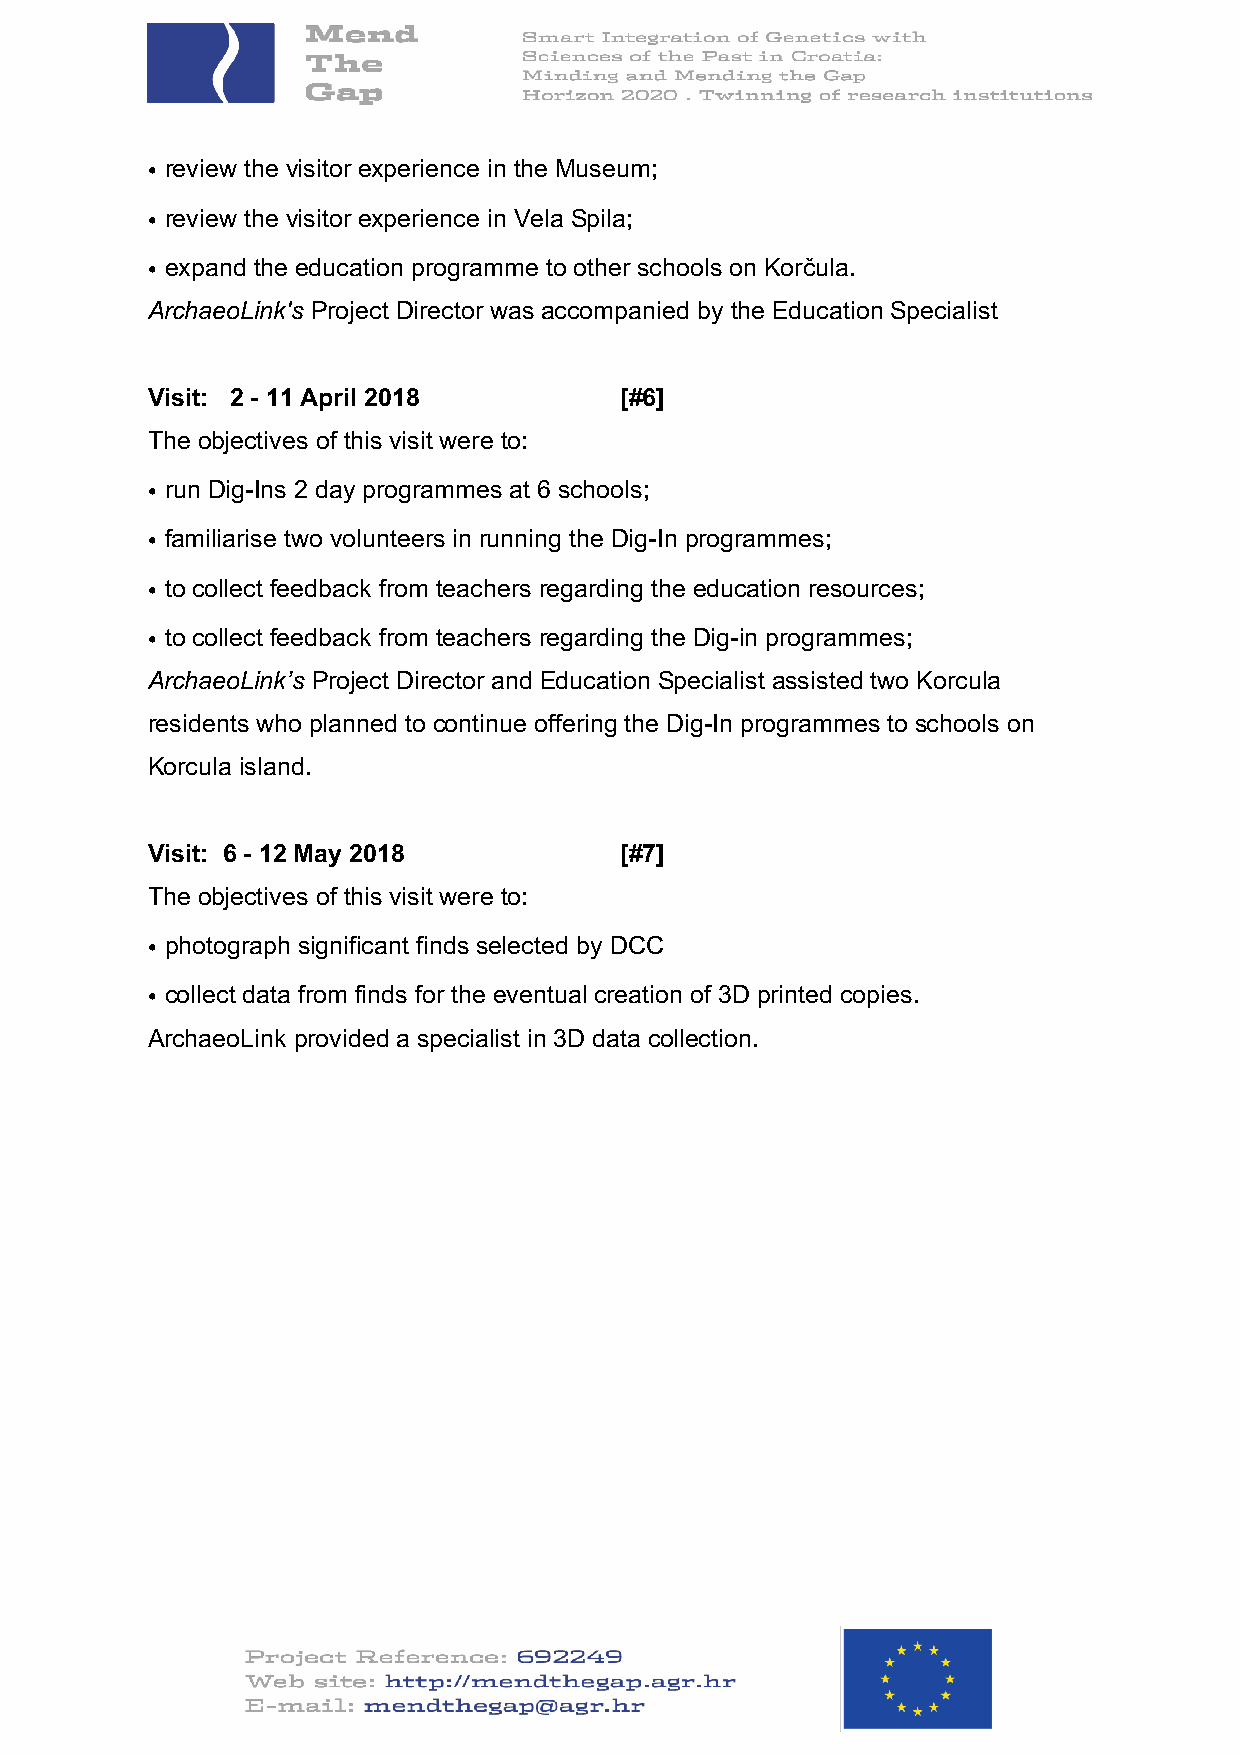
• review the visitor experience in the Museum;
 • review the visitor experience in Vela Spila;
 • expand the education programme to other schools on Korčula.
 ArchaeoLink's Project Director was accompanied by the Education Specialist
 Visit: 2 - 11 April 2018       [#6]
 The objectives of this visit were to:
 • run Dig-Ins 2 day programmes at 6 schools;
 • familiarise two volunteers in running the Dig-In programmes;
 • to collect feedback from teachers regarding the education resources;
 • to collect feedback from teachers regarding the Dig-in programmes;
 ArchaeoLink’s Project Director and Education Specialist assisted two Korcula
 residents who planned to continue offering the Dig-In programmes to schools on
 Korcula island.
 Visit: 6 - 12 May 2018         [#7]
 The objectives of this visit were to:
 • photograph significant finds selected by DCC
 • collect data from finds for the eventual creation of 3D printed copies.
 ArchaeoLink provided a specialist in 3D data collection.